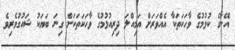
އޭނާގެ ކުޅުމުގެ ވާހަކަތަކާ އެއްވަރަށް އަމިއްލަ ދިރިއުޅުމުގެ ވާހަކަތަކަށް ގިނަ ބަޔަކު ޝައުގުވެރިވެ